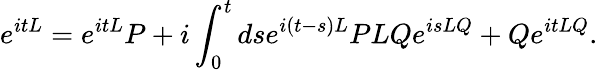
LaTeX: e^{itL}=e^{itL}P+i\int_{0}^{t}dse^{i\left(t-s\right)L}PLQe^{isLQ}+Qe^{itLQ}.